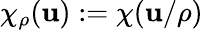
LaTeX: \chi_{\rho}(\mathbf{u}):=\chi(\mathbf{u}/\rho)